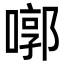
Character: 㗥